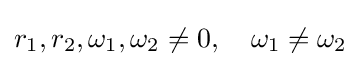
r_{1},r_{2},\omega _{1},\omega _{2}\neq 0,\quad \omega _{1}\neq \omega _{2}